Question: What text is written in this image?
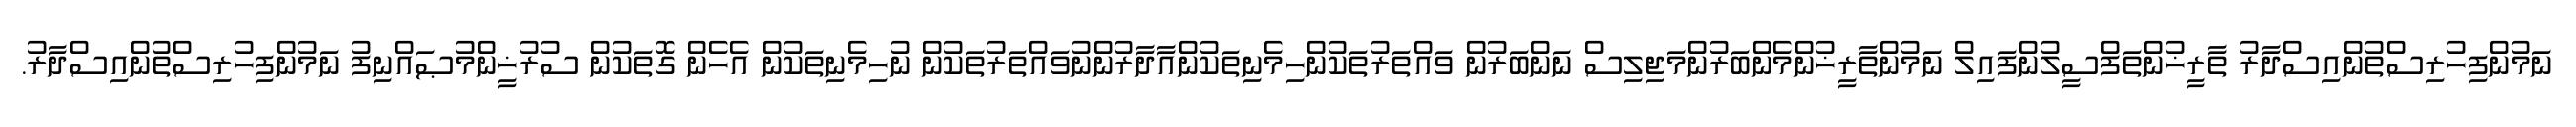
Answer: ނަމުންފިހުރިސްތުންއިސްދާރު ތާރީޚުންތަފްސީލުންފައިލް ނަމުންތާރީޚުންމެންބަރުންމަޖިލިސް ނަންބަރުން ވައްތަރުތަކުންހިމެނިތަކުންއާދާރުންނުވައްތަރުތަކުން ނުހިމެނިތަކުން އެހެން ގޮތަކުން ސުރުޚީންމުޞައްނިފު ނަމުންފިހުރިސްތުންއިސްދާރު.